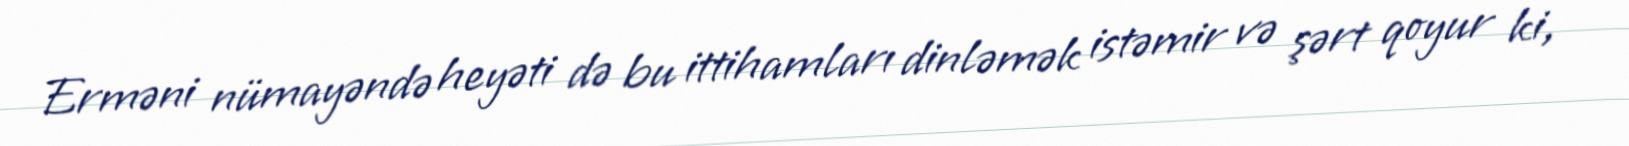
Erməni nümayəndə heyəti də bu ittihamları dinləmək istəmir və şərt qoyur ki,